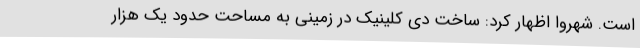
است. شهروا اظهار کرد: ساخت دی کلینیک در زمینی به مساحت حدود یک هزار